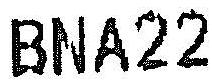
BNA22